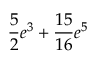
\frac 5 2 e ^ { 3 } + \frac { 1 5 } { 1 6 } e ^ { 5 }